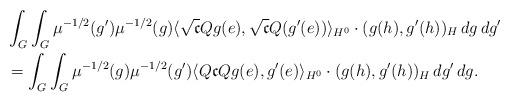
LaTeX: \begin{align*}&\int_G\int_G\mu^{-1/2}(g')\mu^{-1/2}(g)\langle\sqrt{\mathfrak{c}}Qg(e),\sqrt{\mathfrak{c}}Q(g'(e))\rangle_{H^0}\cdot(g(h),g'(h))_H\,dg\,dg'\\&=\int_G\int_G\mu^{-1/2}(g)\mu^{-1/2}(g')\langle Q\mathfrak{c}Qg(e),g'(e)\rangle_{H^0}\cdot(g(h),g'(h))_H\,dg'\,dg.\end{align*}